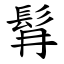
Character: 髥